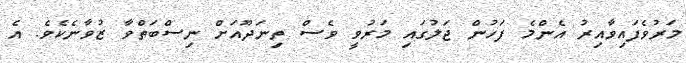
މަރުވެފައިވާއިރު އެންމެ ފަހުން ޖަލުގައި މަރުވީ ވެސް ތިނަދޫއަށް ނިސްބަތްވާ ޒުވާނެކެވެ. އެ